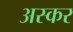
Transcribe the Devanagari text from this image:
अस्कर